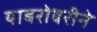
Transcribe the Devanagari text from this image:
याबरोबरीने